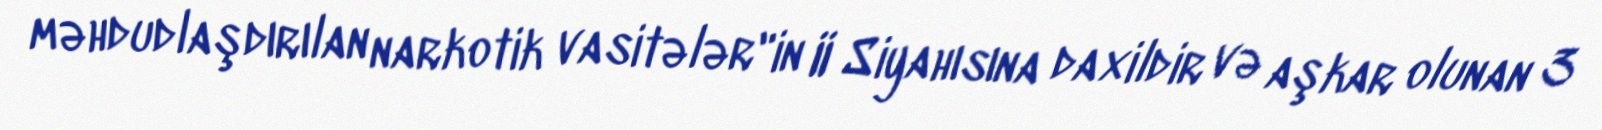
məhdudlaşdırılan narkotik vasitələr"in II Siyahısına daxildir və aşkar olunan 3